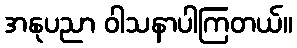
အနုပညာ ဝါသနာပါကြတယ်။